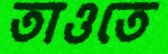
তাওতে